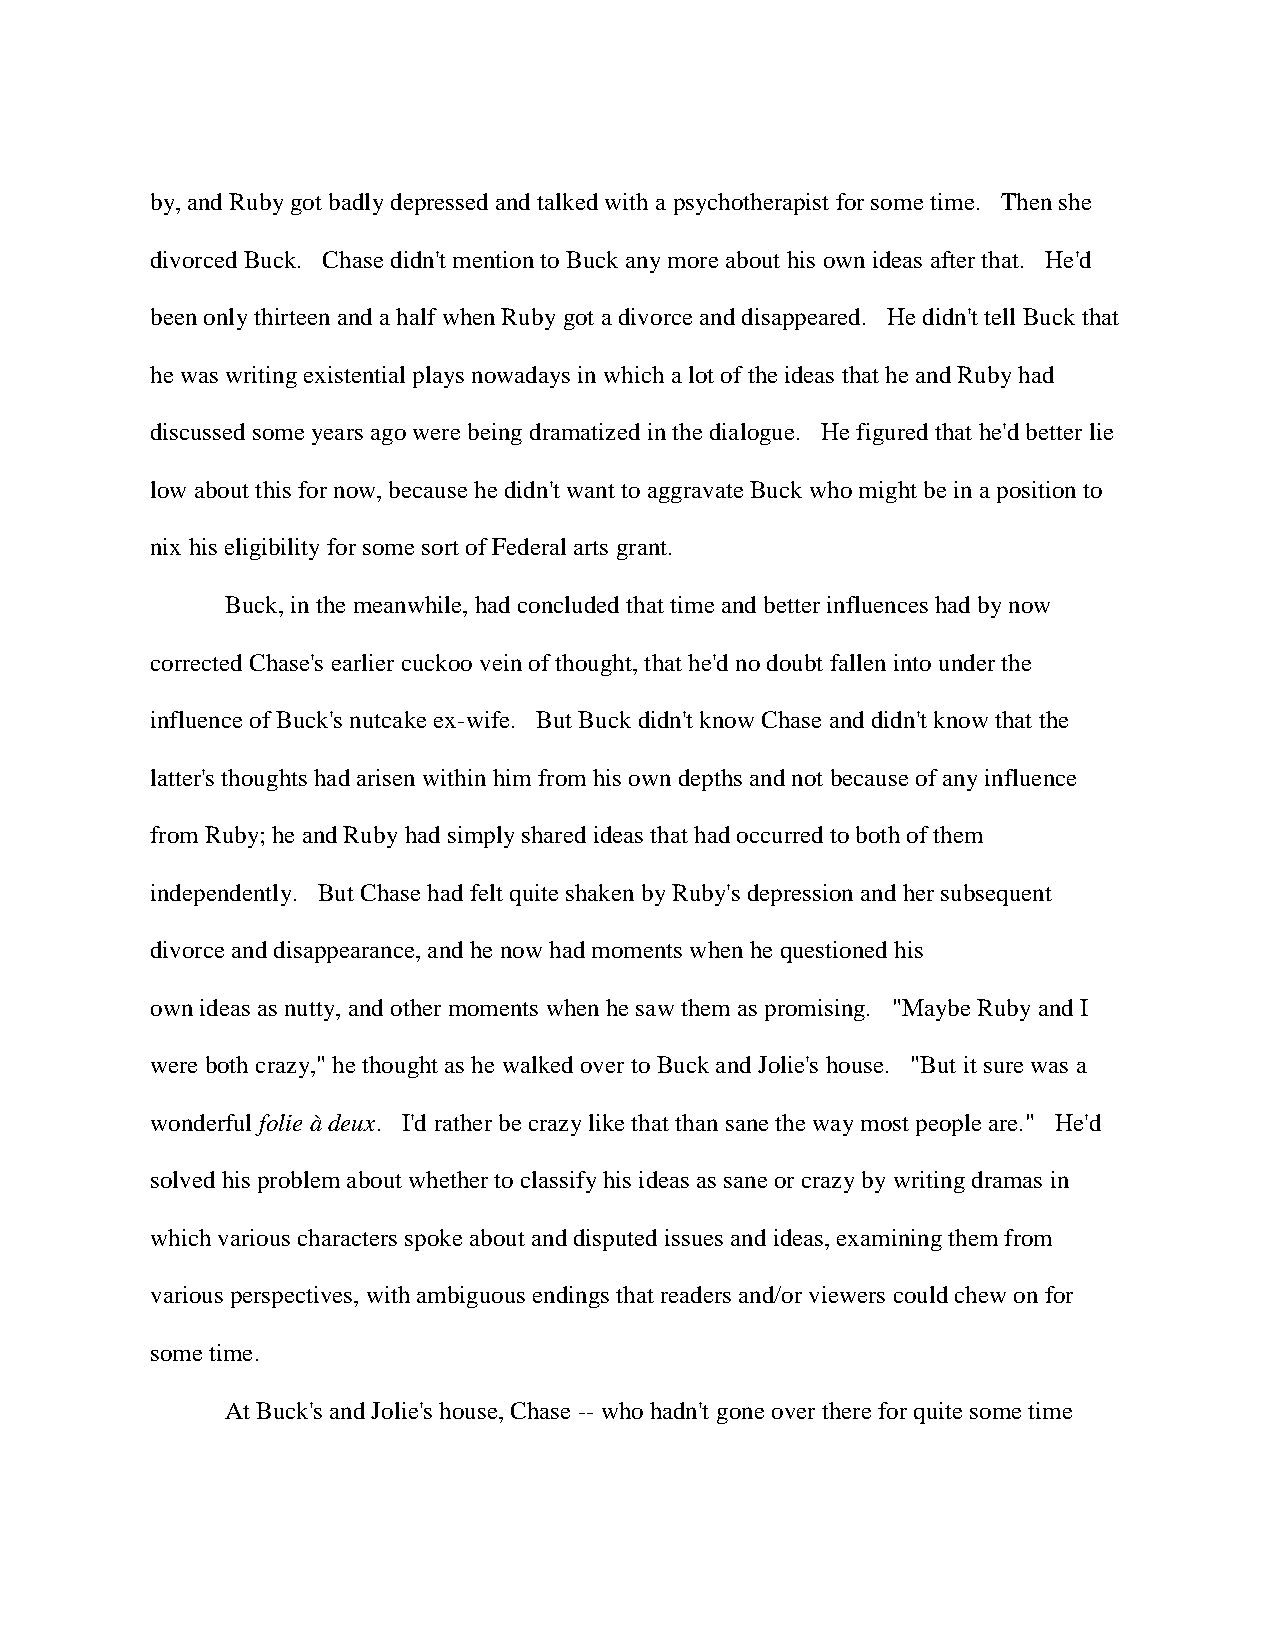
by, and Ruby got badly depressed and talked with a psychotherapist for some time. Then she
 divorced Buck. Chase didn't mention to Buck any more about his own ideas after that. He'd
 been only thirteen and a half when Ruby got a divorce and disappeared. He didn't tell Buck that
 he was writing existential plays nowadays in which a lot of the ideas that he and Ruby had
 discussed some years ago were being dramatized in the dialogue. He figured that he'd better lie
 low about this for now, because he didn't want to aggravate Buck who might be in a position to
 nix his eligibility for some sort of Federal arts grant.
 Buck, in the meanwhile, had concluded that time and better influences had by now
 corrected Chase's earlier cuckoo vein of thought, that he'd no doubt fallen into under the
 influence of Buck's nutcake ex-wife. But Buck didn't know Chase and didn't know that the
 latter's thoughts had arisen within him from his own depths and not because of any influence
 from Ruby; he and Ruby had simply shared ideas that had occurred to both of them
 independently. But Chase had felt quite shaken by Ruby's depression and her subsequent
 divorce and disappearance, and he now had moments when he questioned his
 own ideas as nutty, and other moments when he saw them as promising. "Maybe Ruby and I
 were both crazy," he thought as he walked over to Buck and Jolie's house. "But it sure was a
 wonderful folie à deux. I'd rather be crazy like that than sane the way most people are." He'd
 solved his problem about whether to classify his ideas as sane or crazy by writing dramas in
 which various characters spoke about and disputed issues and ideas, examining them from
 various perspectives, with ambiguous endings that readers and/or viewers could chew on for
 some time.
 At Buck's and Jolie's house, Chase -- who hadn't gone over there for quite some time